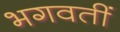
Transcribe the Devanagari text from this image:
भगवतीं